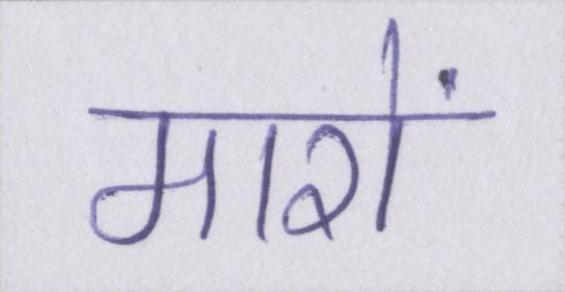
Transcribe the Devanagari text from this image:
मारों